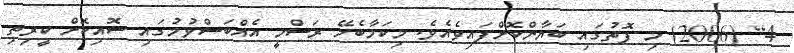
4] (2006) މި ފޮތުގައި ބަޔާންކޮށްފައިވެއެވެ. މިކަމާބެހޭ ރަސްމީ އެއްބަސްވުމުގައި ސޮއިކޮށް ކީރިތި